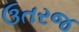
ઉતરજ